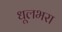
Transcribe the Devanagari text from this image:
धूलभरा